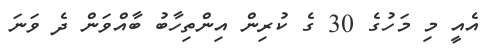
އެއީ މި މަހުގެ 30 ގެ ކުރިން އިންތިހާބު ބާއްވަން ދެ ވަނަ